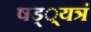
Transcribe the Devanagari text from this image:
षड््यत्रं